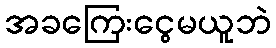
အခကြေးငွေမယူဘဲ